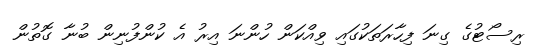
ރިސޯޓުގެ ގިނަ ފިހާރަތަކުގައި ވިއްކަން ހުންނަ އިރު އެ ކުންފުނިން ބުނާ ގޮތުން